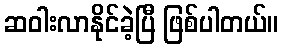
ဆဝါးလာနိုင်ခဲ့ပြီ ဖြစ်ပါတယ်။